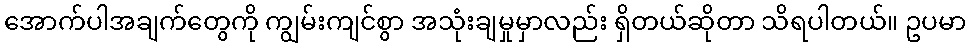
အောက်ပါအချက်တွေကို ကျွမ်းကျင်စွာ အသုံးချမှုမှာလည်း ရှိတယ်ဆိုတာ သိရပါတယ်။ ဥပမာ